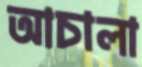
আচালা